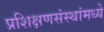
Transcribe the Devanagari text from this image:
प्रशिक्षणसंस्थांमध्ये